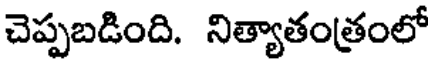
చెప్పబడింది. నిత్యాతంత్రంలో